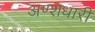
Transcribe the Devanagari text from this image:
अण्शधारी